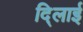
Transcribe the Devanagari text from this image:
दि्लाई